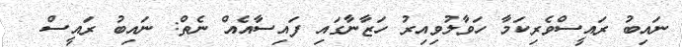
ނައިބު ރައީސްވެރިކަމާ ހަވާލުވިއިރު ހަޒާނާގައި ފައިސާއެއް ނެތް: ނައިބު ރައީސް